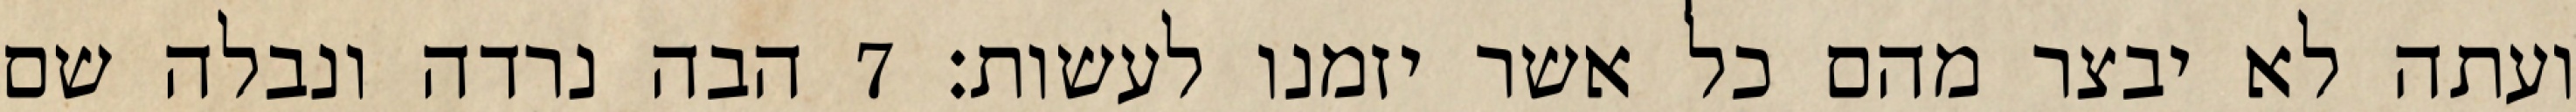
ועתה לא יבצר מהם כל אשר יזמנו לעשות׃ ‎7‏ הבה נרדה ונבלה שם